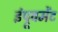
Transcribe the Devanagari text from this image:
इंप्रूवमेंट